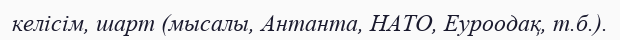
келісім, шарт (мысалы, Антанта, НАТО, Еуроодақ, т.б.).